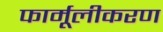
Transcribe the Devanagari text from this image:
फार्मूलीकरण